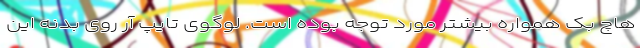
هاچ بک همواره بیشتر مورد توجه بوده است. لوگوی تایپ آر روی بدنه این